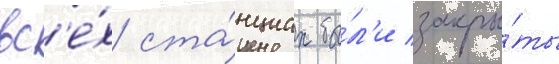
вс'е́х ста́нциах бы́л'и закры́ты